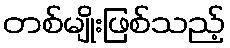
တစ်မျိုးဖြစ်သည့်